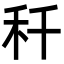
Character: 䄭